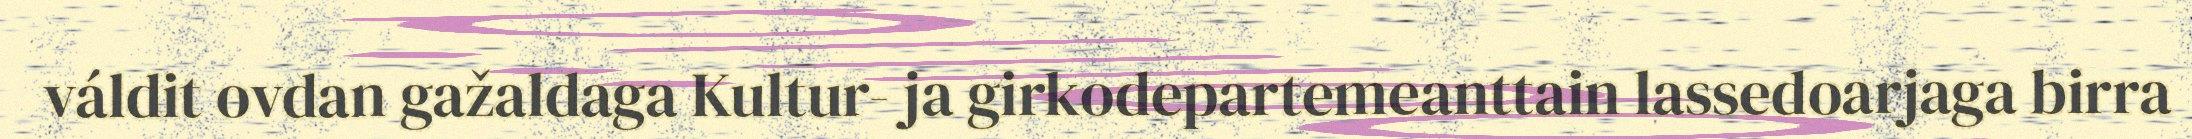
váldit ovdan gažaldaga Kultur- ja girkodepartemeanttain lassedoarjaga birra